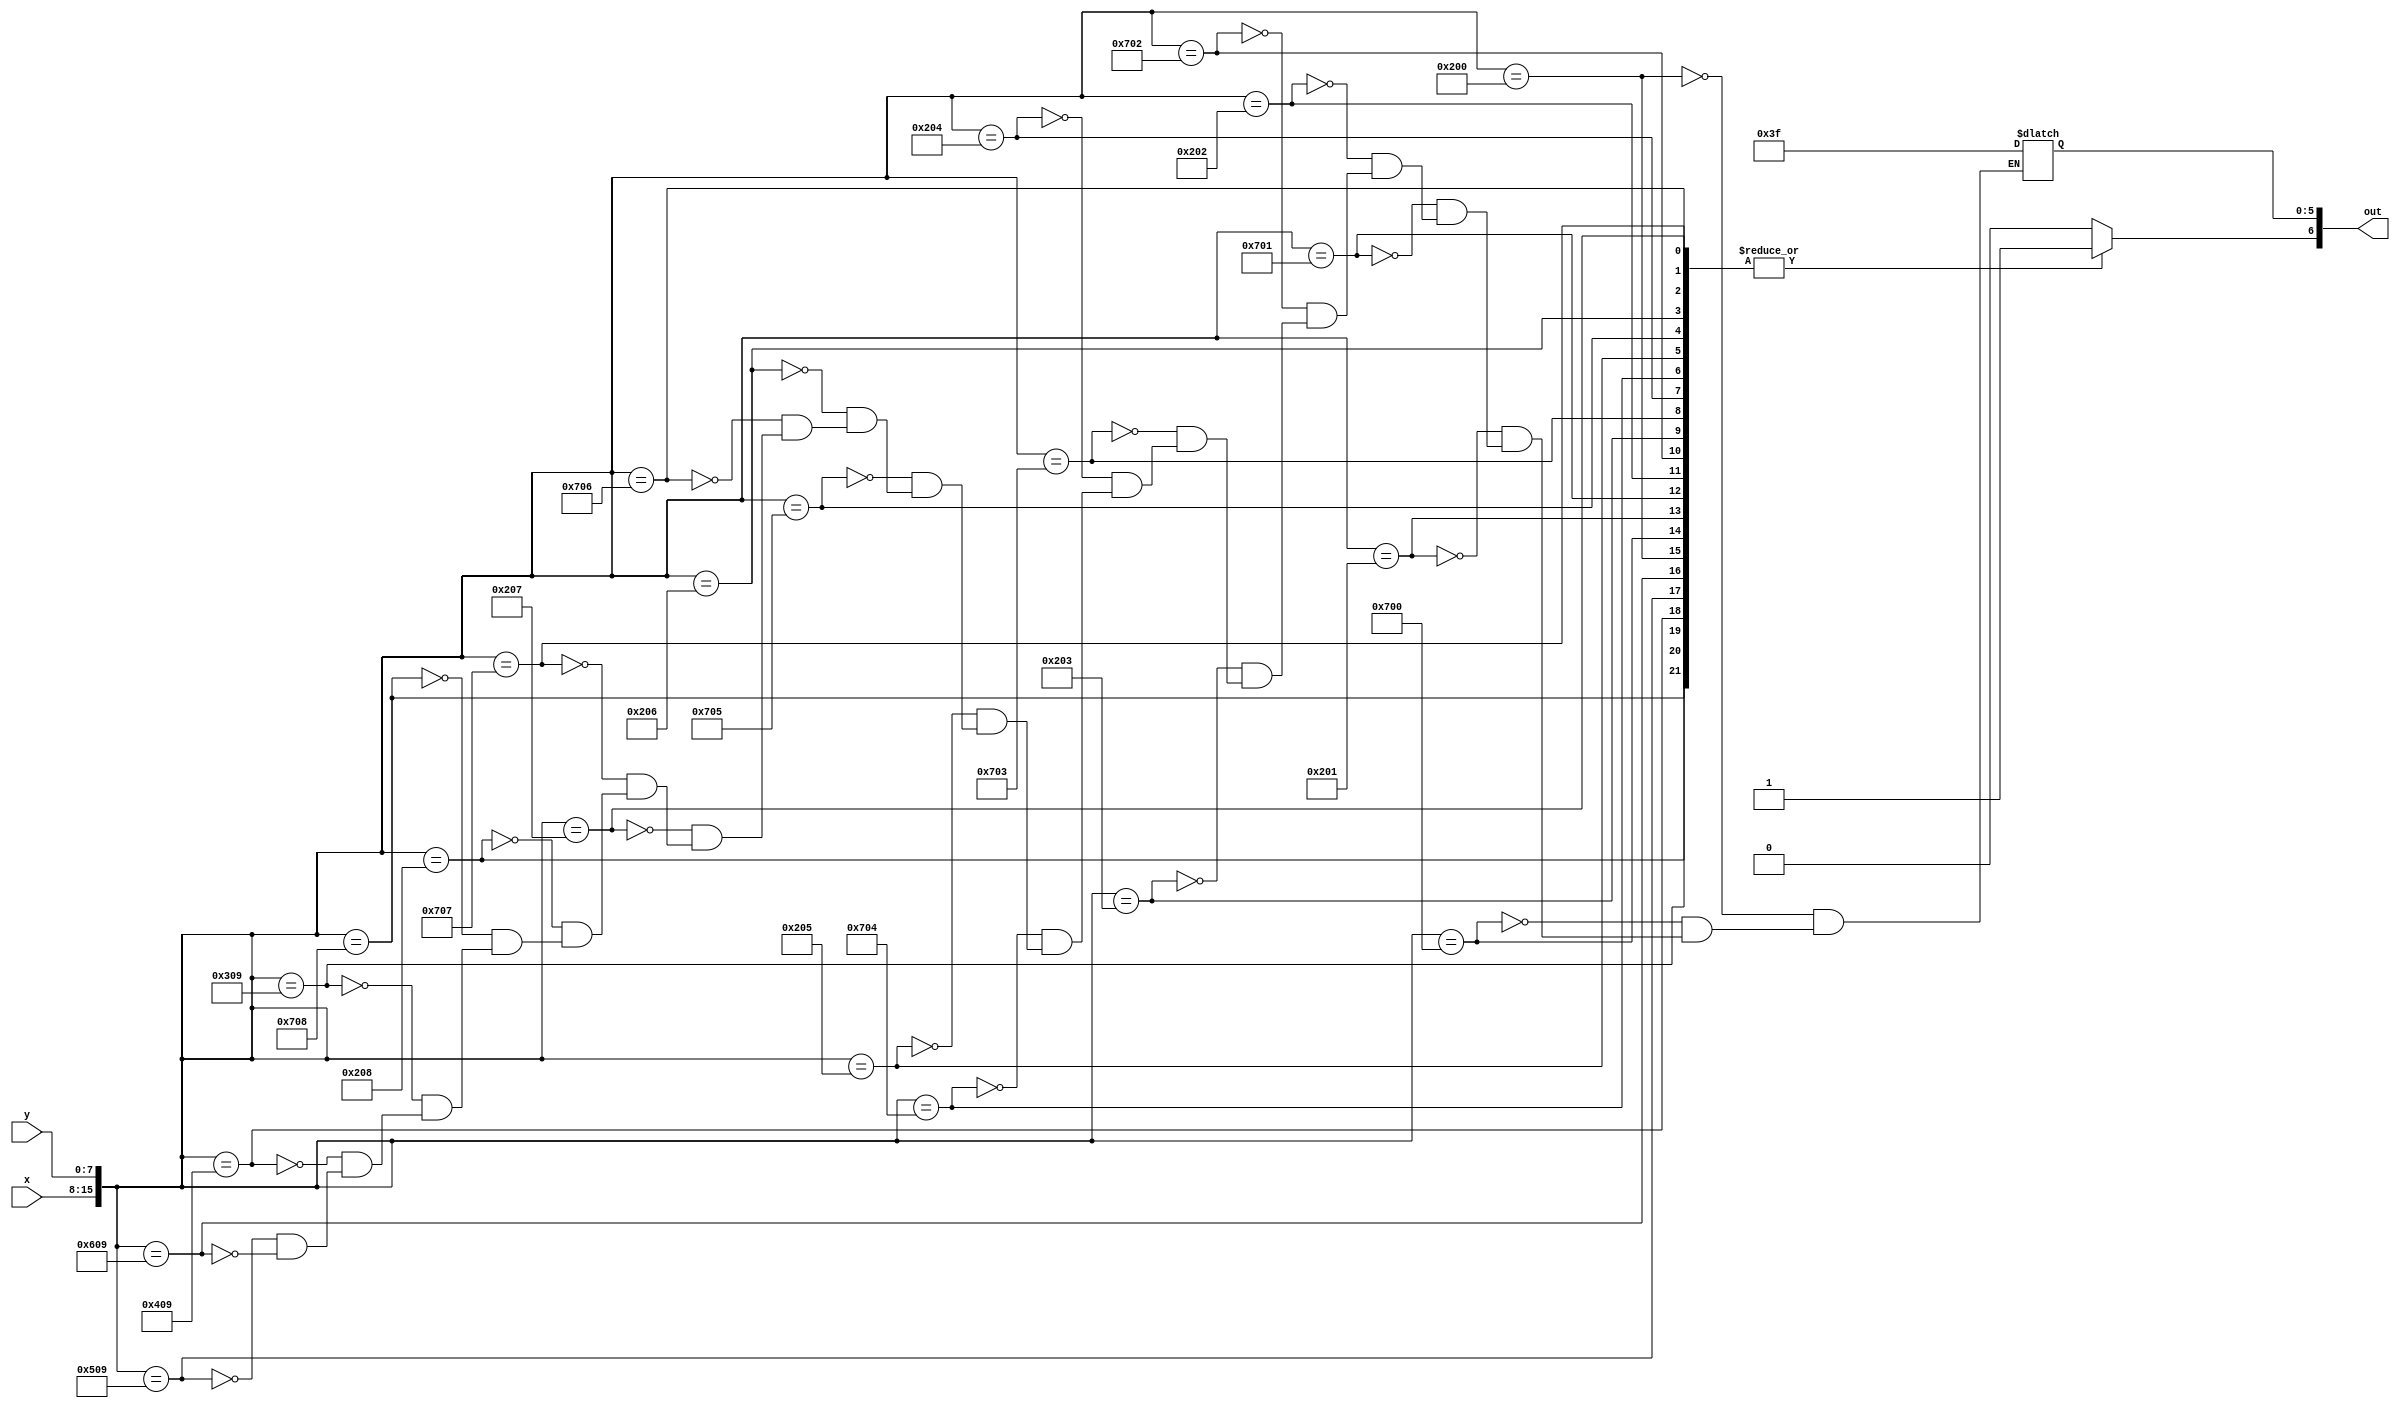
module char_u_lut(x, y, out);
	input [7:0] x;
	input [7:0] y;
	output reg [6:0] out;

	always@(*)
	begin
		out[6] <= 1'b1;
		case({x, y})
			16'h0200: out[5:0] <= 6'b111111;
			16'h0700: out[5:0] <= 6'b111111;
			
			16'h0201: out[5:0] <= 6'b111111;
			16'h0701: out[5:0] <= 6'b111111;

			16'h0202: out[5:0] <= 6'b111111;
			16'h0702: out[5:0] <= 6'b111111;
			
			16'h0203: out[5:0] <= 6'b111111;
			16'h0703: out[5:0] <= 6'b111111;
			
			16'h0204: out[5:0] <= 6'b111111;
			16'h0704: out[5:0] <= 6'b111111;
			
			16'h0205: out[5:0] <= 6'b111111;
			16'h0705: out[5:0] <= 6'b111111;
			
			16'h0206: out[5:0] <= 6'b111111;
			16'h0706: out[5:0] <= 6'b111111;
			
			16'h0207: out[5:0] <= 6'b111111;
			16'h0707: out[5:0] <= 6'b111111;
			
			16'h0208: out[5:0] <= 6'b111111;
			16'h0708: out[5:0] <= 6'b111111;
			
			16'h0309: out[5:0] <= 6'b111111;
			16'h0409: out[5:0] <= 6'b111111;
			16'h0509: out[5:0] <= 6'b111111;
			16'h0609: out[5:0] <= 6'b111111;
			default: out[6] <= 1'b0;
		endcase
	end
endmodule
module char_u(x, y, flush_x, flush_y, colour, enable);
	input [7:0] x;
	input [7:0] y;
	input [7:0] flush_x;
	input [7:0] flush_y;
	
	output [5:0] colour;
	output enable;
	
	wire [6:0] lut_out;
	
	char_u_lut(flush_x - x, flush_y - y, lut_out);
	
	assign colour = lut_out[5:0];
	assign enable = lut_out[6];
endmodule